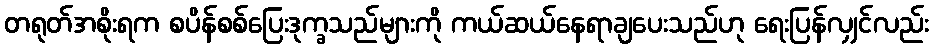
တရုတ်အစိုးရက စပိန်စစ်ပြေးဒုက္ခသည်များကို ကယ်ဆယ်နေရာချပေးသည်ဟု ရေးပြန်လျှင်လည်း